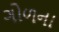
ગોળના